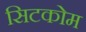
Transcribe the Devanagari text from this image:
सिटकोम